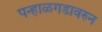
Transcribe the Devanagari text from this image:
पन्हाळगडावरुन